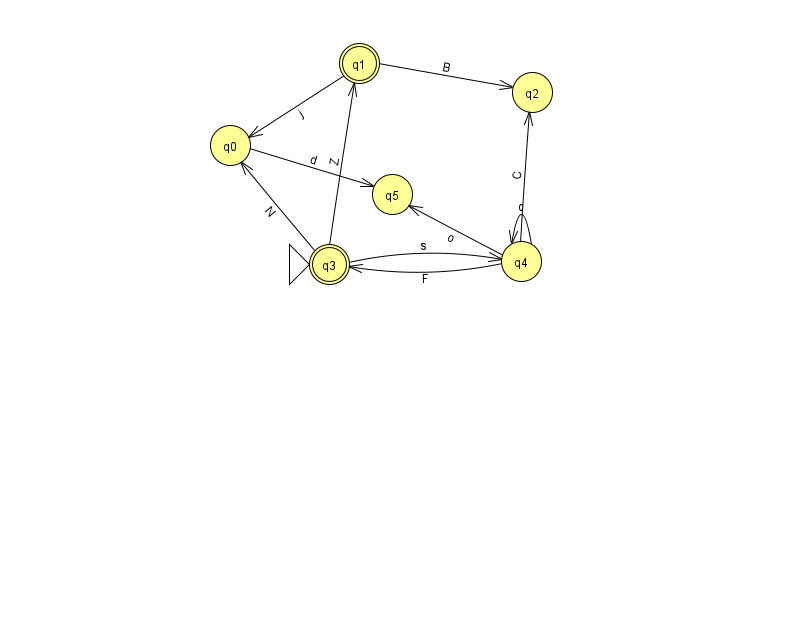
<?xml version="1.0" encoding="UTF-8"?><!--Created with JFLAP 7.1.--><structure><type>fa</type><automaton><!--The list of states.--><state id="0" name="q0"><x>230.0</x><y>132.0</y></state><state id="1" name="q1"><x>359.0</x><y>50.0</y><final/></state><state id="2" name="q2"><x>532.0</x><y>79.0</y></state><state id="3" name="q3"><x>329.0</x><y>251.0</y><initial/><final/></state><state id="4" name="q4"><x>521.0</x><y>248.0</y></state><state id="5" name="q5"><x>392.0</x><y>181.0</y></state><!--The list of transitions.--><transition><from>4</from><to>4</to><read>c</read></transition><transition><from>1</from><to>0</to><read>j</read></transition><transition><from>3</from><to>1</to><read>Z</read></transition><transition><from>4</from><to>3</to><read>F</read></transition><transition><from>0</from><to>5</to><read>d</read></transition><transition><from>3</from><to>0</to><read>N</read></transition><transition><from>4</from><to>2</to><read>C</read></transition><transition><from>3</from><to>4</to><read>s</read></transition><transition><from>4</from><to>5</to><read>o</read></transition><transition><from>1</from><to>2</to><read>B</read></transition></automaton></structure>